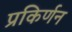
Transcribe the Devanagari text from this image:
प्रकिर्णन